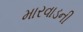
મારવાડની